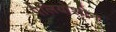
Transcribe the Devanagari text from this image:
पैलियोशीन